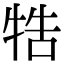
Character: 牿